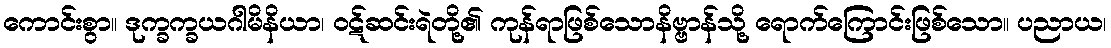
ကောင်းစွာ။ ဒုက္ခက္ခယဂါမိနိယာ၊ ဝဋ်ဆင်းရဲတို့၏ ကုန်ရာဖြစ်သောနိဗ္ဗာန်သို့ ရောက်ကြောင်းဖြစ်သော။ ပညာယ၊